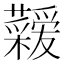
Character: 𮓇